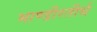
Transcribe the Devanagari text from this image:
भाण्डीरतीर्थ